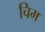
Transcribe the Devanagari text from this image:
चिम